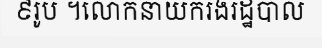
៩រូប ។លោកនាយករងរដ្ឋបាល